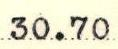
30.70